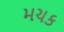
મચક